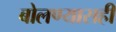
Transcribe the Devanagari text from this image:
बोलण्यासही